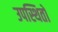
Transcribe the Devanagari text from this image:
उपस्थितों